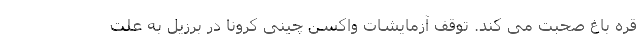
قره باغ صحبت می کند. توقف آزمایشات واکسن چینی کرونا در برزیل به علت